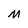
Character: M